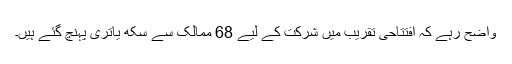
واضح رہے کہ افتتاحی تقریب میں شرکت کے لیے 68 ممالک سے سِکھ یاتری پہنچ گئے ہیں۔